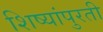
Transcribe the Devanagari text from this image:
शिष्यांपुरती